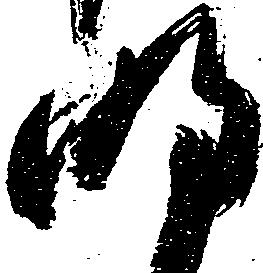
明